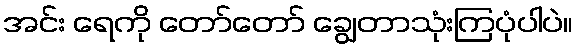
အင်း ရေကို တော်တော် ချွေတာသုံးကြပုံပါပဲ။